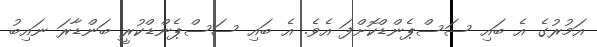
އަމުރުގެ އެ ބައި ސަސްޕެންޑްކޮށްފަ އެވެ. އެ ބައި ސަސްޕެންޑްކުރީ ބަންޑާރަ ނައިބު